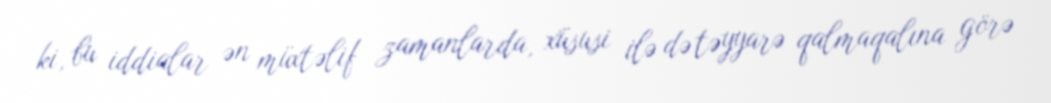
ki, bu iddialar ən müxtəlif zamanlarda, xüsusi ilə də təyyarə qalmaqalına görə